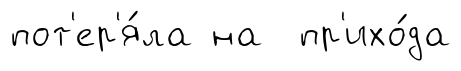
пот'ер'я́ла на пр'ихо́да